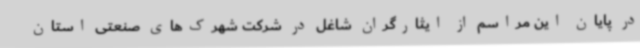
در پایان این مراسم از ایثارگران شاغل در شرکت شهرک‌های صنعتی استان